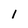
Character: I